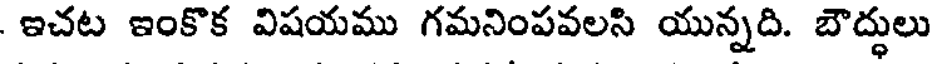
ఇచట ఇంకొక విషయము గమనింపవలసి యున్నది. బౌద్ధులు